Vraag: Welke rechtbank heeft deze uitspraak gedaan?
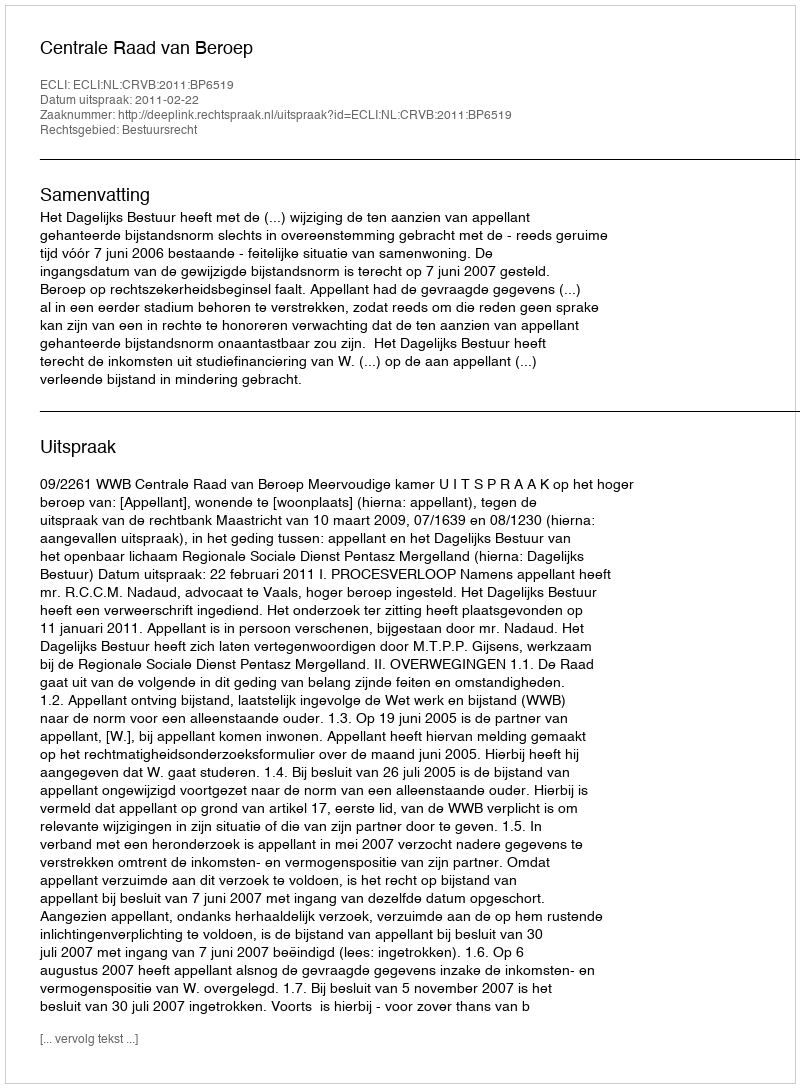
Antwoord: Centrale Raad van Beroep